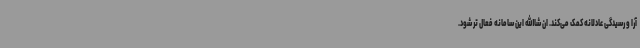
آرا و رسیدگی عادلانه کمک می‌کند. ان شاالله این سامانه فعال تر شود.